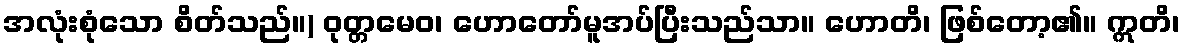
အလုံးစုံသော စိတ်သည်။) ဝုတ္တမေဝ၊ ဟောတော်မူအပ်ပြီးသည်သာ။ ဟောတိ၊ ဖြစ်တော့၏။ ဣတိ၊